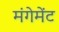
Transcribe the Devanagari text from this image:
मंगेमेंट